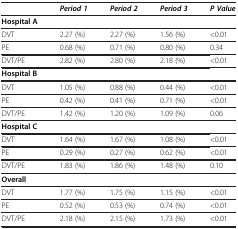
<table><thead><tr><td><b> </b></td><td><b><i>Period 1</i></b></td><td><b><i>Period 2</i></b></td><td><b><i>Period 3</i></b></td><td><b><i>P Value</i></b></td></tr></thead><tbody><tr><td><b>Hospital A</b></td><td> </td><td> </td><td> </td><td> </td></tr><tr><td>DVT</td><td>2.27 (%)</td><td>2.27 (%)</td><td>1.56 (%)</td><td>&lt;0.01</td></tr><tr><td>PE</td><td>0.68 (%)</td><td>0.71 (%)</td><td>0.80 (%)</td><td>0.34</td></tr><tr><td>DVT/PE</td><td>2.82 (%)</td><td>2.80 (%)</td><td>2.18 (%)</td><td>&lt;0.01</td></tr><tr><td><b>Hospital B</b></td><td> </td><td> </td><td> </td><td> </td></tr><tr><td>DVT</td><td>1.05 (%)</td><td>0.88 (%)</td><td>0.44 (%)</td><td>&lt;0.01</td></tr><tr><td>PE</td><td>0.42 (%)</td><td>0.41 (%)</td><td>0.71 (%)</td><td>&lt;0.01</td></tr><tr><td>DVT/PE</td><td>1.42 (%)</td><td>1.20 (%)</td><td>1.09 (%)</td><td>0.06</td></tr><tr><td><b>Hospital C</b></td><td> </td><td> </td><td> </td><td> </td></tr><tr><td>DVT</td><td>1.64 (%)</td><td>1.67 (%)</td><td>1.08 (%)</td><td>&lt;0.01</td></tr><tr><td>PE</td><td>0.29 (%)</td><td>0.27 (%)</td><td>0.62 (%)</td><td>&lt;0.01</td></tr><tr><td>DVT/PE</td><td>1.83 (%)</td><td>1.86 (%)</td><td>1.48 (%)</td><td>0.10</td></tr><tr><td><b>Overall</b></td><td> </td><td> </td><td> </td><td> </td></tr><tr><td>DVT</td><td>1.77 (%)</td><td>1.75 (%)</td><td>1.15 (%)</td><td>&lt;0.01</td></tr><tr><td>PE</td><td>0.52 (%)</td><td>0.53 (%)</td><td>0.74 (%)</td><td>&lt;0.01</td></tr><tr><td>DVT/PE</td><td>2.18 (%)</td><td>2.15 (%)</td><td>1.73 (%)</td><td>&lt;0.01</td></tr></tbody></table>